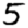
Digit: 5